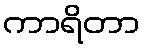
ကာရိတာ